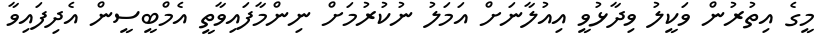
މީގެ އިތުރުން ވަކީލު ވިދާޅުވީ އިއުލާނަށް އަމަލު ނުކުރުމަށް ނިންމާފައިވާތީ އެމްބީސީން އެދިފައިވާ